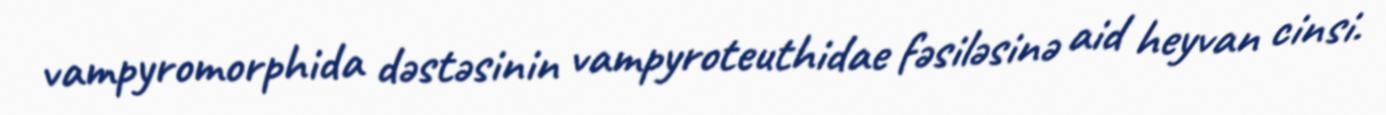
vampyromorphida dəstəsinin vampyroteuthidae fəsiləsinə aid heyvan cinsi.